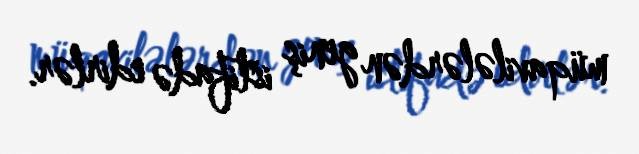
müqavilələrdən geniş istifadə edirlər.